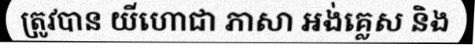
ត្រូវបាន យីហោជា ភាសា អង់គ្លេស និង